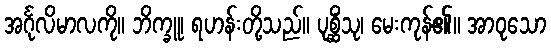
အင်္ဂုလိမာလကို။ ဘိက္ခူ၊ ရဟန်းတို့သည်။ ပုစ္ဆိံသု၊ မေးကုန်၏။ အာဝုသော